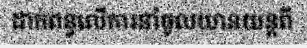
ដាក់ពន្ធលើការនាំចូលយានយន្តពី